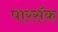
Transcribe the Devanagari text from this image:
पारसॅक